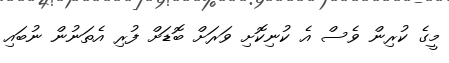
މީގެ ކުރިން ވެސް އެ ކުނިކޮށި ވަރަށް ބޮޑަށް ފުރި އެތަނުން ނުބައި